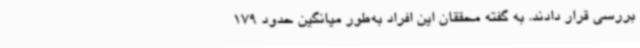
بررسی قرار دادند. به گفته محققان این افراد به‌طور میانگین حدود 179